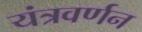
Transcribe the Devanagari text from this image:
यंत्रवर्णन